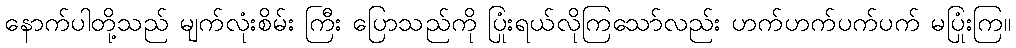
နောက်ပါတို့သည် မျက်လုံးစိမ်း ကြီး ပြောသည်ကို ပြုံးရယ်လိုကြသော်လည်း ဟက်ဟက်ပက်ပက် မပြုံးကြ။